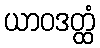
ယာဝဒတ္ထံ